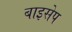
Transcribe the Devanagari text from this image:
बाइसेप